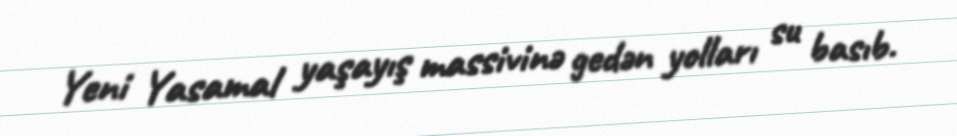
Yeni Yasamal yaşayış massivinə gedən yolları su basıb.